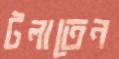
টলাতেন